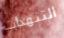
التنهدات